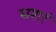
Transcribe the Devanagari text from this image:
सशरं